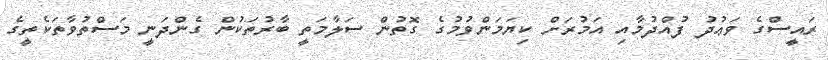
ރައީސްގެ ވަޢުދު ފުއްދުމާއި އަމުރަށް ކިޔަމަންވުމުގެ ގޮތުން ސަލާމަތީ ބާރުތަކުން ގެންދަނީ މަސްތުވާތަކެތީގެ